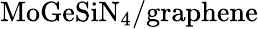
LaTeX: \mathrm{MoGeSiN_{4}/graphene}